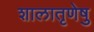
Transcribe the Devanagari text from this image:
शालातृणेषु